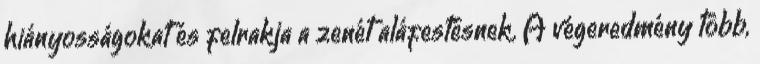
hiányosságokat és felrakja a zenét aláfestésnek. A végeredmény több,